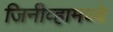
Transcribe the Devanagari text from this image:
जिनीव्हामध्ये